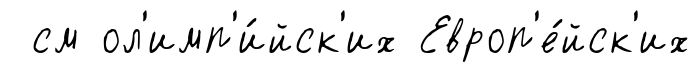
см ол'имп'и́йск'их Европ'е́йск'их